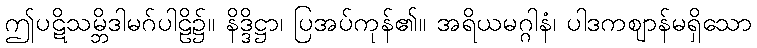
ဤပဋိသမ္ဘိဒါမဂ်ပါဠိ၌။ နိဒ္ဒိဋ္ဌာ၊ ပြအပ်ကုန်၏။ အရိယမဂ္ဂါနံ၊ ပါဒကဈာန်မရှိသော